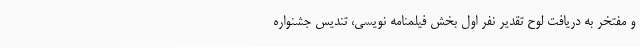
و مفتخر به دریافت لوح تقدیر نفر اول بخش فیلمنامه نویسی، تندیس جشنواره